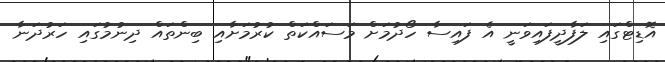
އޮޑިޓްގައި ލަފާދީފައިވަނީ އެ ފައިސާ ހޯދުމަށް މަސައްކަތް ކުރުމަށާއި ބިންތައް ދިނުމުގައި ހަރުދަނާ